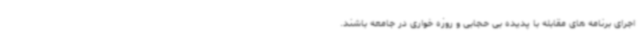
اجرای برنامه های مقابله با پدیده بی حجابی و روزه خواری در جامعه باشند.